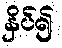
နှိပ်၍